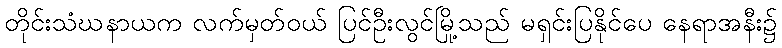
တိုင်းသံဃနာယက လက်မှတ်ဝယ် ပြင်ဦးလွင်မြို့သည် မရှင်းပြနိုင်ပေ နေရာအနီး၌